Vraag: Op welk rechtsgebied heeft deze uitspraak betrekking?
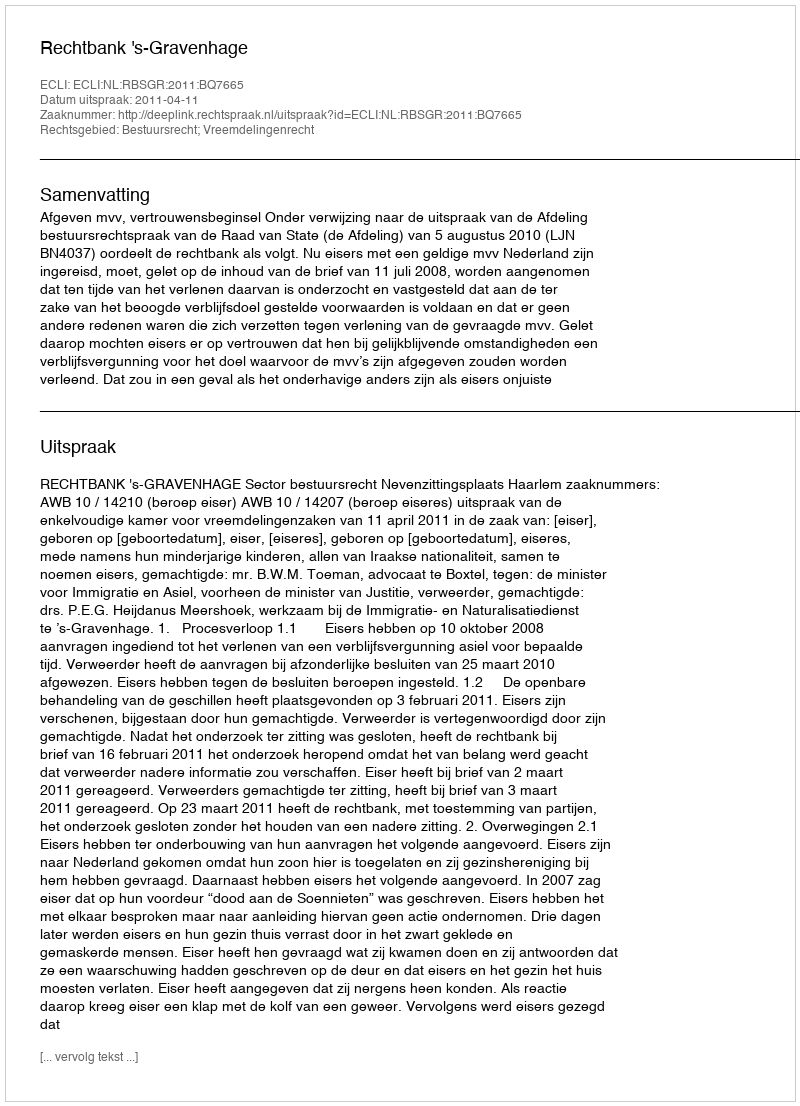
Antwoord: Bestuursrecht; Vreemdelingenrecht